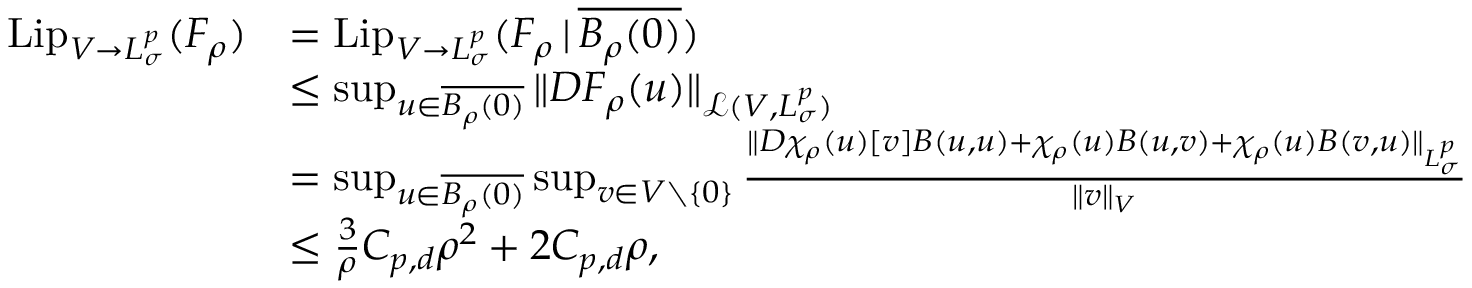
\begin{array} { r l } { \mathrm { L i p } _ { V \to L _ { \sigma } ^ { p } } ( F _ { \rho } ) } & { = \mathrm { L i p } _ { V \to L _ { \sigma } ^ { p } } ( F _ { \rho } \, | \, \overline { { B _ { \rho } ( 0 ) } } ) } \\ & { \leq \operatorname* { s u p } _ { u \in \overline { { B _ { \rho } ( 0 ) } } } \Vert D F _ { \rho } ( u ) \Vert _ { \mathcal { L } ( V , L _ { \sigma } ^ { p } ) } } \\ & { = \operatorname* { s u p } _ { u \in \overline { { B _ { \rho } ( 0 ) } } } \operatorname* { s u p } _ { v \in V \setminus \{ 0 \} } \frac { \Vert D \chi _ { \rho } ( u ) [ v ] B ( u , u ) + \chi _ { \rho } ( u ) B ( u , v ) + \chi _ { \rho } ( u ) B ( v , u ) \Vert _ { L _ { \sigma } ^ { p } } } { \Vert v \Vert _ { V } } } \\ & { \leq \frac { 3 } { \rho } C _ { p , d } \rho ^ { 2 } + 2 C _ { p , d } \rho , } \end{array}